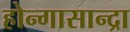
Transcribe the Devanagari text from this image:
होन्गासान्द्रा